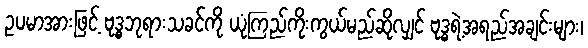
ဥပမာအားဖြင့် ဗုဒ္ဓဘုရားသခင်ကို ယုံကြည်ကိုးကွယ်မည်ဆိုလျှင် ဗုဒ္ဓရဲ့အရည်အချင်းများ၊